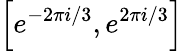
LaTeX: \left[e^{-2\pi i/3},e^{2\pi i/3}\right]